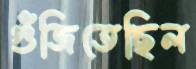
গুঁজিতেছিল